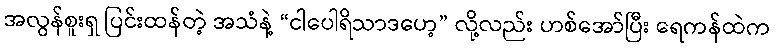
အလွန်စူးရှ ပြင်းထန်တဲ့ အသံနဲ့ “ငါပေါရိသာဒဟေ့” လို့လည်း ဟစ်အော်ပြီး ရေကန်ထဲက